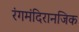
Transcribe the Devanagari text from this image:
रंगमंदिरानजिक